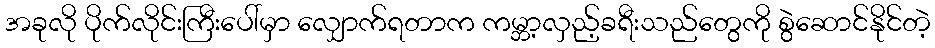
အခုလို ပိုက်လိုင်းကြီးပေါ်မှာ လျှောက်ရတာက ကမ္ဘာ့လှည့်ခရီးသည်တွေကို စွဲဆောင်နိုင်တဲ့